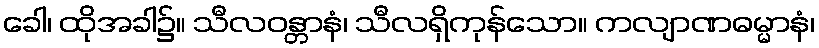
ခေါ၊ ထိုအခါ၌။ သီလဝန္တာနံ၊ သီလရှိကုန်သော။ ကလျာဏဓမ္မာနံ၊